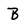
Character: B